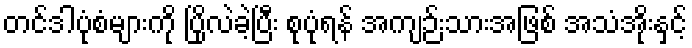
တင်ဒါပုံစံများကို ပြိုလဲခဲ့ပြီး စုပုံရန် အကျဉ်းသားအဖြစ် အသံအိုးနှင့်